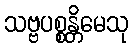
သဗ္ဗပစ္စန္တိမေသု